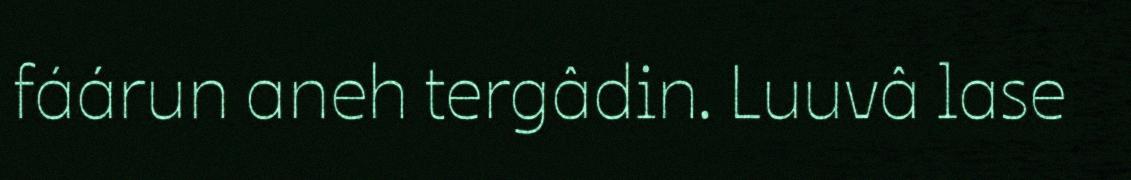
fáárun aneh tergâdin. Luuvâ lase